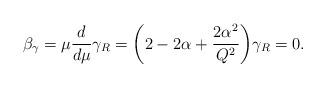
LaTeX: \begin{align*}\beta_{\gamma} = \mu {d \over d \mu} \gamma_R = \biggl(2 - 2 \alpha + {2\alpha^2 \over Q^2}\biggr) \gamma_R = 0.\end{align*}